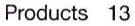
Products  13